Madras marine plague regulations
Disease focus: Plague
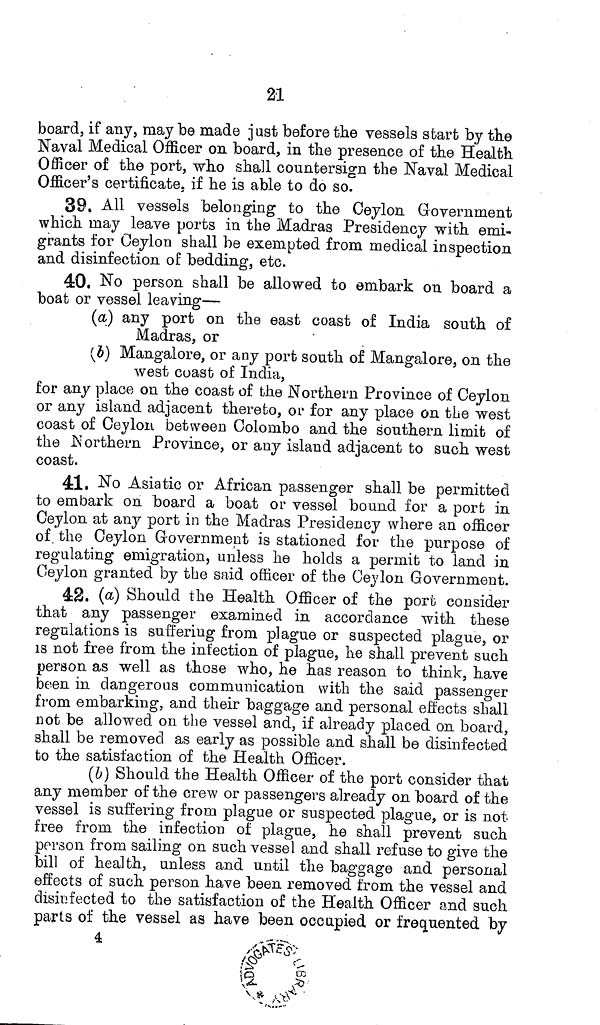
21
board, if any, may be made just before the vessels start by the
Naval Medical Officer on board, in the presence of the Health
Officer of the port, who shall countersign the Naval Medical
Officer's certificate, if he is able to do so.
39. All vessels belonging to the Ceylon Government
which may leave ports in the Madras Presidency with emi-
grants for Ceylon shall be exempted from medical inspection
and disinfection of bedding, etc.
40. No person shall be allowed to embark on board a
boat or vessel leaving—
(a) any port on the east coast of India south of
Madras, or
(b) Mangalore, or any port south of Mangalore, on the
west coast of India,
for any place on the coast of the Northern Province of Ceylon
or any island adjacent thereto, or for any place on the west
coast of Ceylon, between Colombo and the southern limit of
the Northern Province, or any island adjacent to such west
coast.
41. No Asiatic or African passenger shall be permitted
to embark on board a boat or vessel bound for a port in
Ceylon at any port in the Madras Presidency where an officer
of the Ceylon Government is stationed for the purpose of
regulating emigration, unless he holds a permit to land in
Ceylon granted by the said officer of the Ceylon Government.
42. (a) Should the Health Officer of the port consider
that any passenger examined in accordance with these
regulations is suffering from plague or suspected plague, or
is not free from the infection of plague, he shall prevent such
person as well as those who, he has reason to think, have
been in dangerous communication with the said passenger
from embarking, and their baggage and personal effects shall
not be allowed on the vessel and, if already placed on board,
shall be removed as early as possible and shall be disinfected
to the satisfaction of the Health Officer.
(b) Should the Health Officer of the port consider that
any member of the crew or passengers already on board of the
vessel is suffering from plague or suspected plague, or is not
free from the infection of plague, he shall prevent such
person from sailing on such vessel and shall refuse to give the
bill of health, unless and until the baggage and personal
effects of such person have been removed from the vessel and
disinfected to the satisfaction of the Health Officer and such
parts of the vessel as have been occupied or frequented by
4